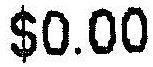
$0.00